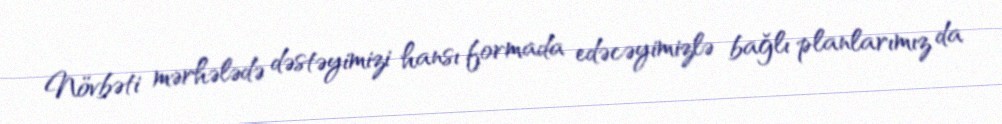
Növbəti mərhələdə dəstəyimizi hansı formada edəcəyimizlə bağlı planlarımız da